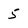
Character: 5